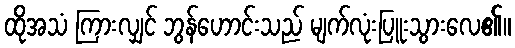
ထိုအသံ ကြားလျှင် ဘွန်ဟောင်းသည် မျက်လုံးပြူးသွားလေ၏။